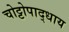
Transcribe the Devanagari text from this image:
चोट्टोपाद्धाय